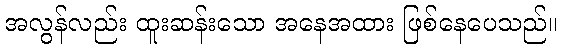
အလွန်လည်း ထူးဆန်းသော အနေအထား ဖြစ်နေပေသည်။